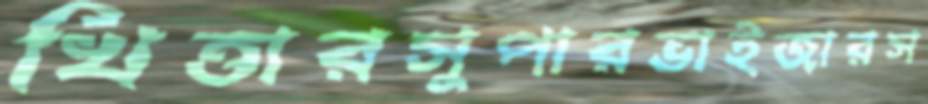
খিত্তারসুপারভাইজারস